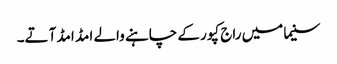
سنیما میں راج کپور کے چاہنے والے امڈ امڈ آتے۔